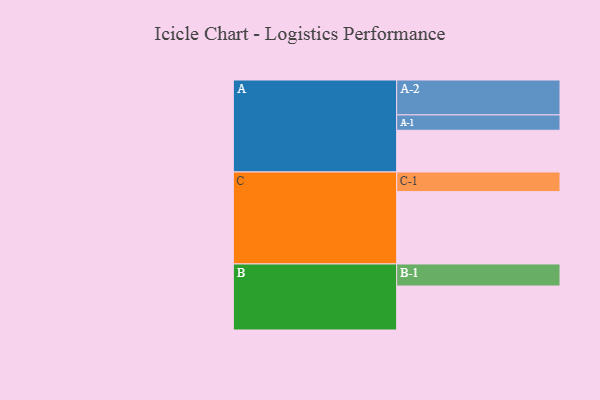
{"axis": {"x": "Segment", "y": "Value"}, "legend": ["", "A", "B", "C"], "data": [{"x": "A", "y": 312, "type": ""}, {"x": "B", "y": 329, "type": ""}, {"x": "C", "y": 541, "type": ""}, {"x": "A-1", "y": 115, "type": "A"}, {"x": "A-2", "y": 261, "type": "A"}, {"x": "B-1", "y": 165, "type": "B"}, {"x": "C-1", "y": 147, "type": "C"}]}